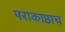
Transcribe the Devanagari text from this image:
पराकाष्ठाच